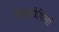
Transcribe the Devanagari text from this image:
न्यूट्रोफिलों